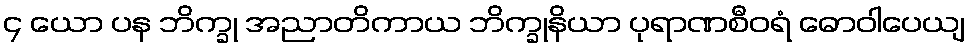
၄ ယော ပန ဘိက္ခု အညာတိကာယ ဘိက္ခုနိယာ ပုရာဏစီဝရံ ဓောဝါပေယျ